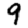
Digit: 9